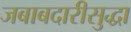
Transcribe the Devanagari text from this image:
जबाबदारीसुद्धा